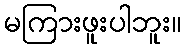
မကြားဖူးပါဘူး။